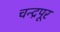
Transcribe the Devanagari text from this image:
चन्द्रपूर